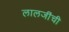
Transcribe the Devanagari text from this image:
लालजींची